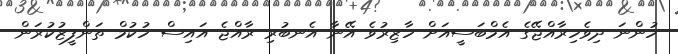
ހުންނަ ދިވެހިރާއްޖޭގެ އެމްބަސީއަށް ހާޒިރުވެ އޭނާ އެނބުރި ރާއްޖެ އައިސް ހުކުމް ތަންފީޒުކުރަން